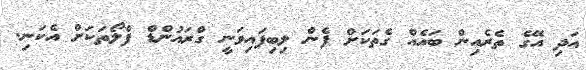
އަދި އޭގެ ތެރެއިން ބައެއް ގެތަކަށް ފެން ލިބިފައިވަނީ ގްރައުންޑް ފްލޯތަކަށް އެކަނި.